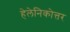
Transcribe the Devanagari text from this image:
हेलेनिकोत्तर